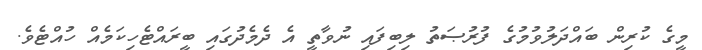
މީގެ ކުރިން ބައްދަލުވުމުގެ ފުރުޞަތު ލިބިފައި ނުވާތީ އެ ދެމެދުގައި ބީރައްޓެހިކަމެއް ހުއްޓެވެ.